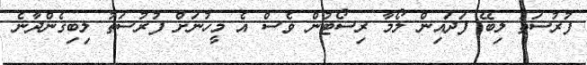
ފުރުސަތު ލިބޭ ފަދައިން ލޯމާ ރިސޯޓުން ވެސް އެ މީހުނަށް ފުރުސަތު ލިބިގެންދާނެ